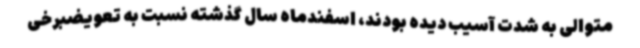
متوالی به شدت آسیب دیده بودند، اسفندماه سال گذشته نسبت به تعویضبرخی